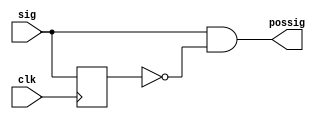
`timescale 1ns / 1ps

module edgedetect(clk, sig, possig);
  input clk;
  input sig;
  output possig;
    
  reg delay;
  
  assign possig = sig & ~delay;
  
  always @ (posedge clk) begin
    delay <= sig;
  end

endmodule